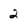
Character: 2